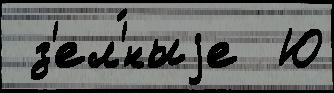
 з'ел'́ныjе  Ю